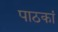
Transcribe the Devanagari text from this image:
पाठकां